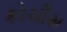
કોચીસ